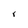
Character: r